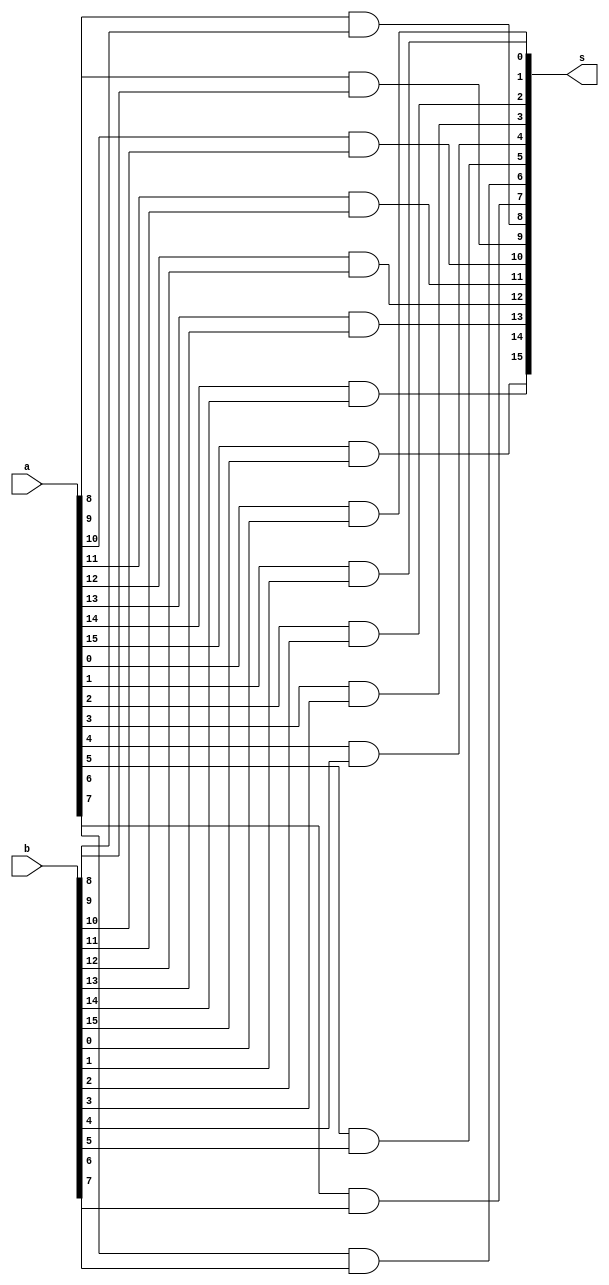
module And_16(input [15:0] a,b, output [15:0] s);
  assign s[0] = a[0] & b[0];
  assign s[1] = a[1] & b[1];
  assign s[2] = a[2] & b[2];
  assign s[3] = a[3] & b[3];
  assign s[4] = a[4] & b[4];
  assign s[5] = a[5] & b[5];
  assign s[6] = a[6] & b[6];
  assign s[7] = a[7] & b[7];
  assign s[8] = a[8] & b[8];
  assign s[9] = a[9] & b[9];
  assign s[10] = a[10] & b[10];
  assign s[11] = a[11] & b[11];
  assign s[12] = a[12] & b[12];
  assign s[13] = a[13] & b[13];
  assign s[14] = a[14] & b[14];
  assign s[15] = a[15] & b[15];
endmodule